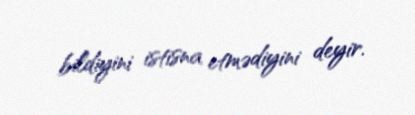
bildiyini istisna etmədiyini deyir.